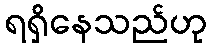
ရရှိနေသည်ဟု